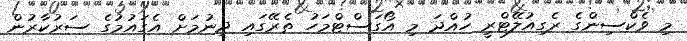
މި ވެކްސިންގެ ރެގިއުލޭޓްރީ ހުއްދަ މި އޯގަސްޓްމަހު ތެރޭގައި ދިނުމަށް އެގައުމުގެ ސަރުކާރުން